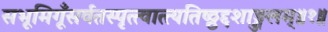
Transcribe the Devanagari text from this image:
सभूमिगूँसर्वतस्पृत्त्वात्त्यतिष्ठ्ठद्दशाङ्गुलम्॥१॥